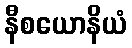
နီစယောနိယံ